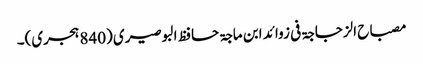
مصباح الزجاجۃ فی زوائد ابن ماجۃ حافظ البوصیری (840 ہجری)۔